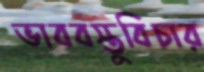
ভাববস্তুবিচার